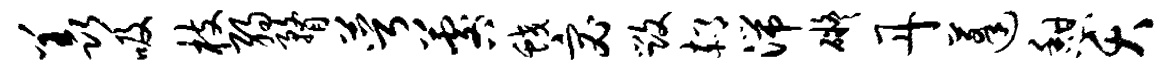
羡吸枝弱瞀萼晷蛟宓毁郝湍碍丹蓬憩夭